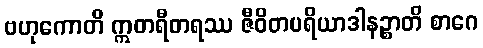
ဗဟုကောတိ ဣတရီတရဿ ဇီဝိတပရိယာဒါနဉ္စာတိ စာဂေ